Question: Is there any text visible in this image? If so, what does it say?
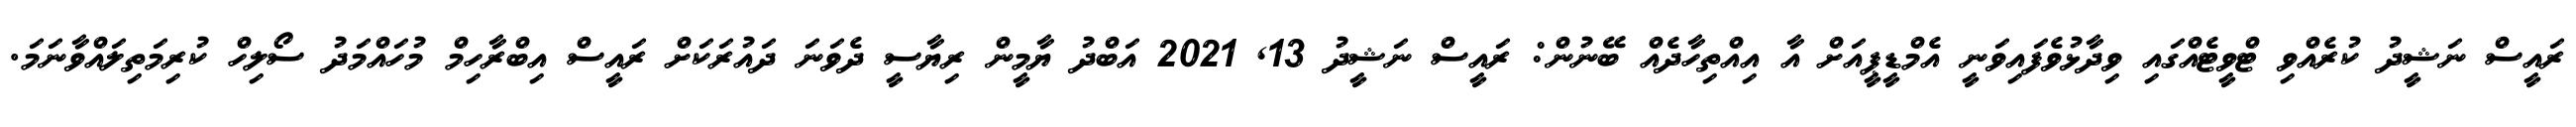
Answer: ރައީސް ނަޝީދު ކުރެއްވި ޓްވީޓެއްގައި ވިދާޅުވެފައިވަނީ އެމްޑީޕީއަށް އާ އިއްތިހާދެއް ބޭނުން: ރައީސް ނަޝީދު 13, 2021 އަބްދު ޔާމީން ރިޔާސީ ދެވަނަ ދައުރަކަށް ރައީސް އިބްރާހިމް މުހައްމަދު ސޯލިހް ކުރިމަތިލައްވާނަމަ.